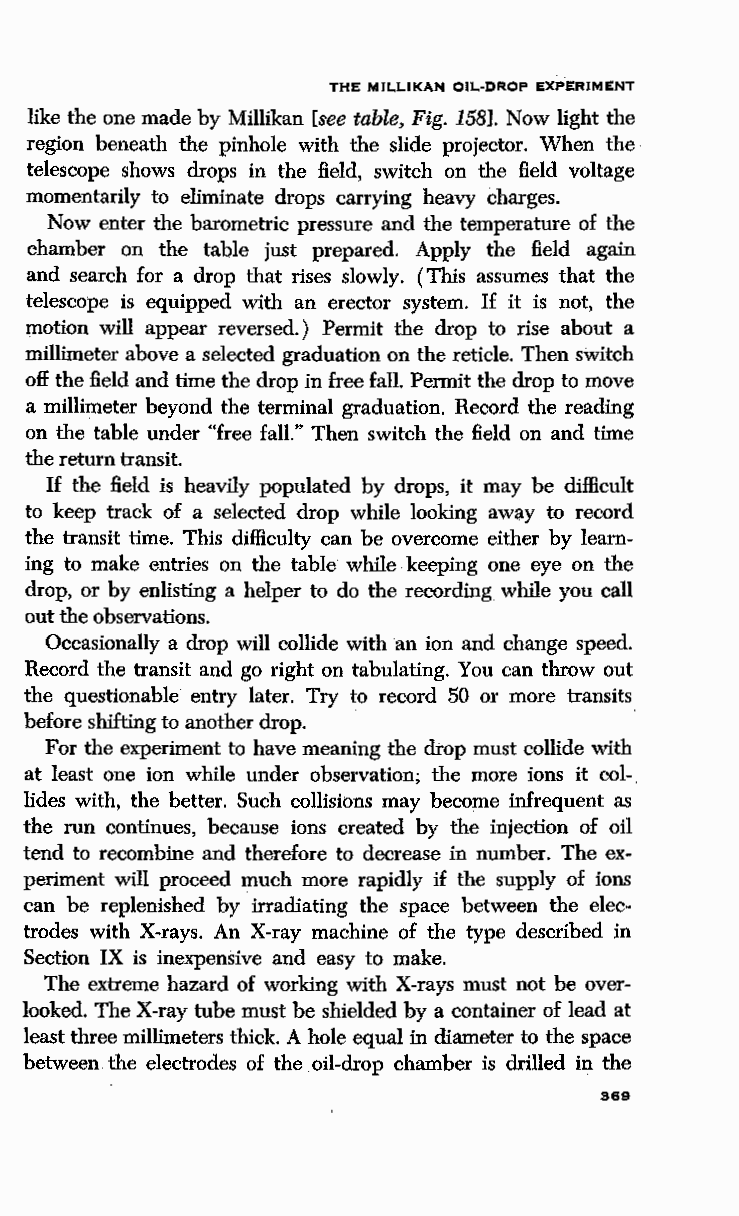
THE MILLIKAN OIL-DROP EXPERIMENT
 like the one made by Millikan [see table, Fig. 158]. Now light the
 region beneath the pinhole with the slide projector. When the
 telescope shows drops in the field, switch on the field voltage
 momentarily to eliminate drops carrying heavy charges.
 Now enter the barometric pressure and the temperature of the
 chamber on the table just prepared. Apply the field again
 and search for a drop that rises slowly. (This assumes that the
 telescope is equipped with an erector system. If it is not, the
 motion will appear reversed. ) Permit the drop to rise about a
 millimeter above a selected graduation on the reticle. Then switch
 off the field and time the drop in free fall. Permit the drop to move
 a millimeter beyond the terminal graduation. Record the reading
 on the table under "free fall." Then switch the field on and time
 the return transit.
 If the field is heavily populated by drops, it may be difficult
 to keep track of a selected drop while looking away to record
 the transit time. This difficulty can be overcome either by learn
 ing to make entries on the table while keeping one eye on the
 drop, or by enlisting a helper to do the recording while you call
 out the observations.
 Occasionally a drop will collide with an ion and change speed.
 Record the transit and go right on tabulating. You can throw out
 the questionable entry later. Try to record 50 or more transits
 before shifting to another drop.        ·
 For the experiment to have meaning the drop must collide with
 at least one ion while under observation; the more ions it col-.
 !ides with, the better. Such collisions may become infrequent as
 the run continues, because ions created by the injection of oil
 tend to recombine and therefore to decrease in number. The ex
 periment will proceed much more rapidly if the supply of ions
 can be replenished by irradiating the space between the elec
 trodes with X-rays. An X-ray machine of the type described in
 Section IX is inexpensive and easy to make.
 The extreme hazard of working with X-rays must not be over
 looked. The X-ray tube must be shielded by a container of lead at
 least three millimeters thick. A hole equal in diameter to the space
 between the electrodes of the oil-drop chamber is drilled in the
 369